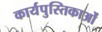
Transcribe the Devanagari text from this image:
कार्यपुस्तिकाओं